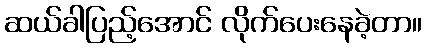
ဆယ်ခါပြည့်အောင် လိုက်ပေးနေခဲ့တာ။